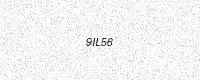
Text: 9IL56